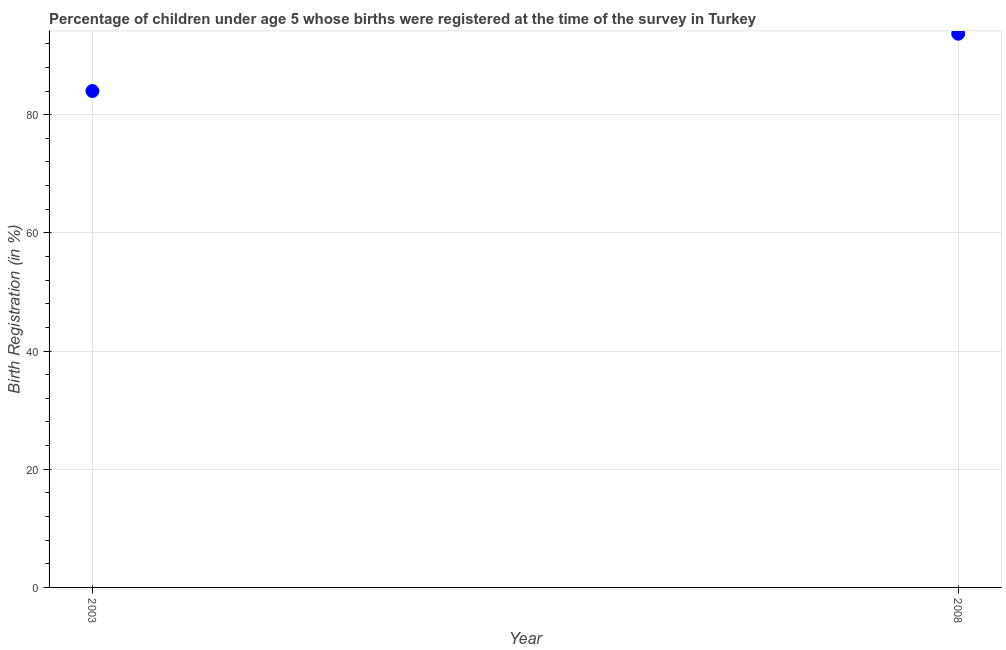
| Year | Birth registration |
 | --- | --- |
 | 2003 | 84 |
 | 2008 | 93.7 |